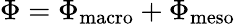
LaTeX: \Phi=\Phi_{\mathrm{{macro}}}+\Phi_{\mathrm{{meso}}}